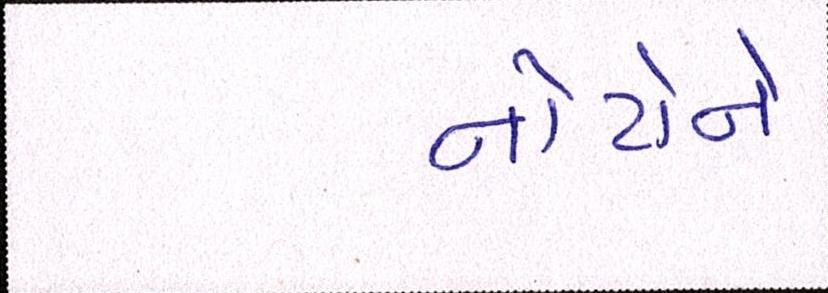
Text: નોટોને